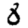
Digit: 8